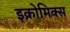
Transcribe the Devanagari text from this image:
इक्रोमिक्स